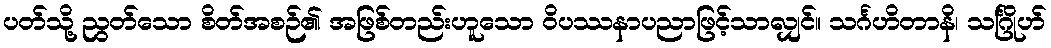
ပတ်သို့ ညွတ်သော စိတ်အစဉ်၏ အဖြစ်တည်းဟူသော ဝိပဿနာပညာဖြင့်သာလျှင်။ သင်္ဂဟိတာနိ၊ သင်္ဂြိုဟ်